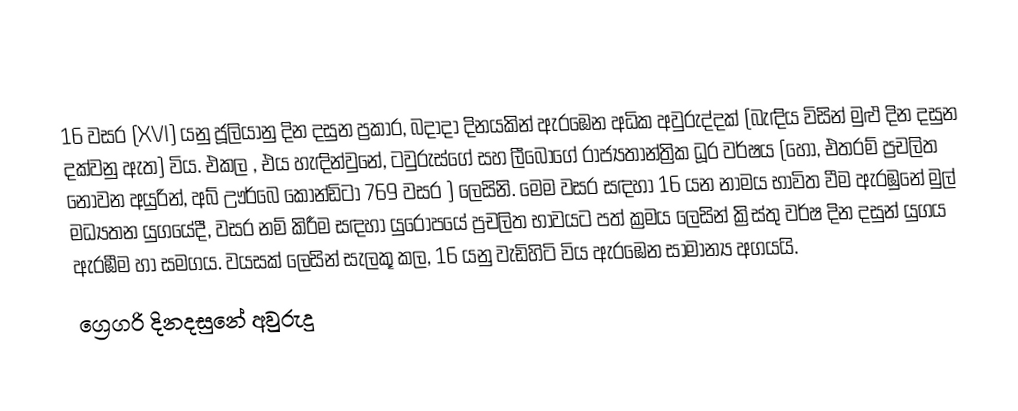

16 වසර (XVI) යනු ජූලියානු දින දසුන ප්‍රකාර,   බදාදා දිනයකින් ඇරඹෙන අධික අවුරුද්දක් (බැඳිය විසින් මුළු දින දසුන දක්වනු ඇත) විය. එකල ,  එය හැඳින්වුනේ, ටවුරුස්ගේ සහ  ලීබොගේ රාජ්‍යතාන්ත්‍රික  ධූර වර්ෂය (හෝ, එතරම් ප්‍රචලිත නොවන අයුරින්,  අබ් ඌර්බෙ කෝන්ඩිටා 769 වසර  ) ලෙසිනි. මෙම වසර සඳහා 16 යන නාමය භාවිත වීම ඇරඹුනේ මුල් මධ්‍යතන යුගයේදී, වසර නම් කිරීම සඳහා යුරෝපයේ ප්‍රචලිත භාවයට පත් ක්‍රමය ලෙසින් ක්‍රිස්තු වර්ෂ දින දසුන් යුගය ඇරඹීම හා සමගය. වයසක් ලෙසින් සැලකූ කල, 16 යනු වැඩිහිටි විය ඇරඹෙන සාමාන්‍ය අගයයි.
ග්‍රෙගරි දිනදසුනේ අවුරුදු